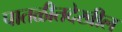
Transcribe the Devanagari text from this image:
पातळीतदेखील